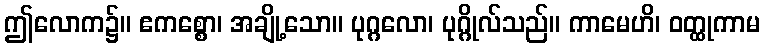
ဤလောက၌။ ဧကစ္စော၊ အချို့သော။ ပုဂ္ဂလော၊ ပုဂ္ဂိုလ်သည်။ ကာမေဟိ၊ ဝတ္ထုကာမ